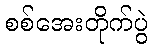
စစ်အေးတိုက်ပွဲ